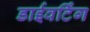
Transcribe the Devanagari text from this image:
डाईवर्टिंग